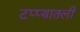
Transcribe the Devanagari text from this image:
टप्प्यातली